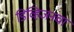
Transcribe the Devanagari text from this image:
डिव्हिजनचा